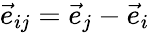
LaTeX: \vec{e}_{ij}=\vec{e}_{j}-\vec{e}_{i}